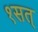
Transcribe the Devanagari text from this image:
१सत्